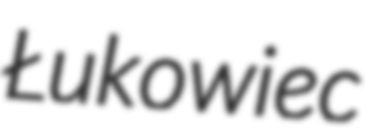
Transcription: Łukowiec